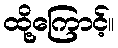
ထို့ကြောင့်။